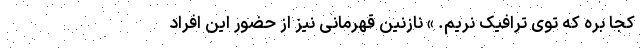
کجا بره که توی ترافیک نریم. » نازنین قهرمانی نیز از حضور این افراد